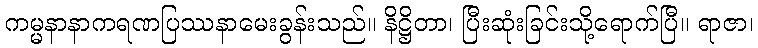
ကမ္မနာနာကရဏပြဿနာမေးခွန်းသည်။ နိဋ္ဌိတာ၊ ပြီးဆုံးခြင်းသို့ရောက်ပြီ။ ရာဇာ၊